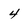
Character: 4